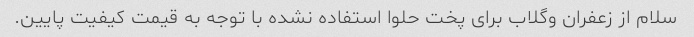
سلام از زعفران وگلاب برای پخت حلوا استفاده نشده با توجه به قیمت کیفیت پایین.